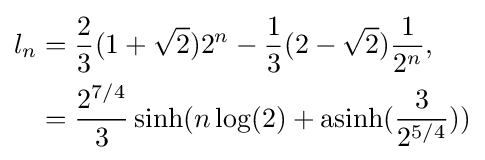
{\begin{aligned}l_{n}&={2 \over 3}(1+{\sqrt {2}})2^{n}-{1 \over 3}(2-{\sqrt {2}}){1 \over 2^{n}},\\&={\frac {2^{7/4}}{3}}\sinh(n\log(2)+\mathrm {asinh} ({\frac {3}{2^{5/4}}}))\end{aligned}}